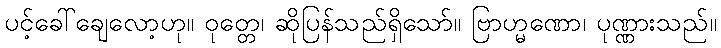
ပင့်ခေါ်ချေလော့ဟု။ ဝုတ္တေ၊ ဆိုပြန်သည်ရှိသော်။ ဗြာဟ္မဏော၊ ပုဏ္ဏားသည်။